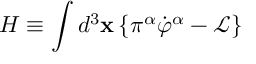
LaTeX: H \equiv \int d ^ { 3 } \mathbf { x \, \{ } \pi ^ { \alpha } \dot { \varphi } ^ { \alpha } - \mathcal { L \} }